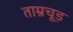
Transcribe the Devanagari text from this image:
ताम्रचूड़